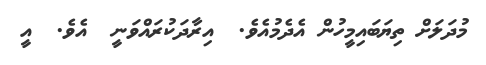
މުދަލަށް ތިޔަބައިމީހުން އެދެމުއެވެ.  އިރާދަކުރައްވަނީ  އެވެ.  އީ